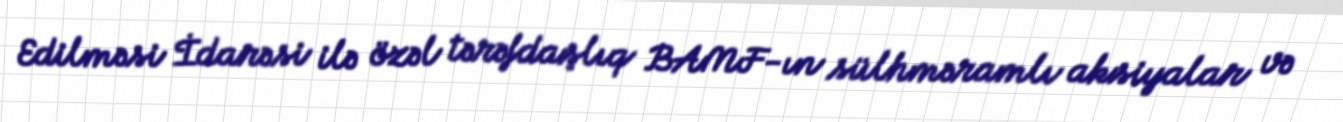
Edilməsi İdarəsi ilə özəl tərəfdaşlıq BAMF-ın sülhməramlı aksiyalar və